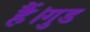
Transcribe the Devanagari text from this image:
हैं।गुड